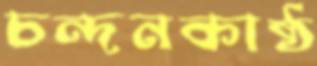
চন্দনকাষ্ঠ